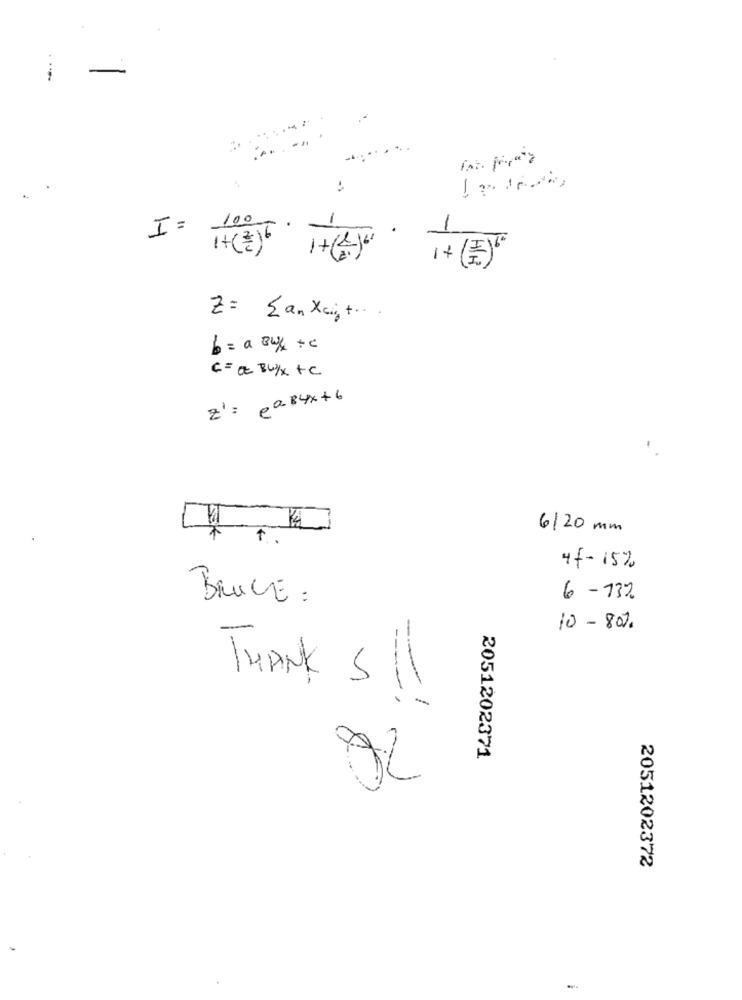
-
.
= I
100
-
-
HIH
Z= {an Xigt .. .
b = a 34/4 + c
C = a BUYX +C
z' : pa84x +6
6/20 mm
7
1 .
4f-15%
BRUCE :
6-732
10 - 80%
THANK 5/
2051202371
2051202372